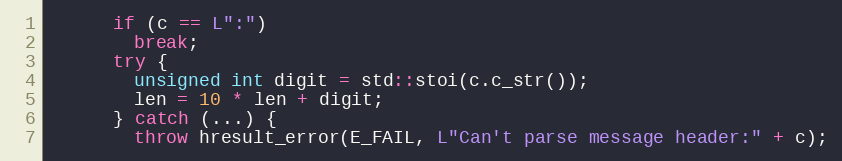
Language: C++
      if (c == L":")
        break;
      try {
        unsigned int digit = std::stoi(c.c_str());
        len = 10 * len + digit;
      } catch (...) {
        throw hresult_error(E_FAIL, L"Can't parse message header:" + c);